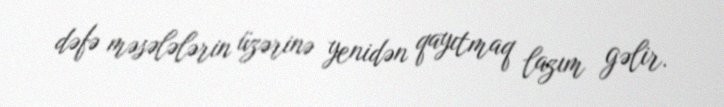
dəfə məsələlərin üzərinə yenidən qayıtmaq lazım gəlir.